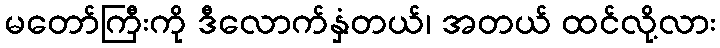
မတော်ကြီးကို ဒီလောက်နှံတယ်၊ အတယ် ထင်လို့လား